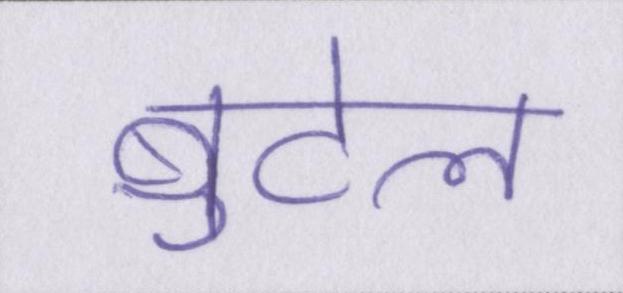
बुटेल